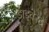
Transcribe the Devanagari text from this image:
डाइवेस्ट